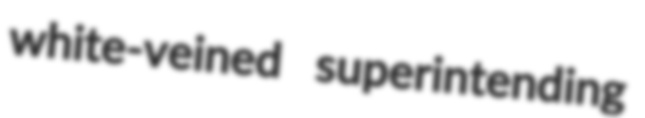
white-veined superintending